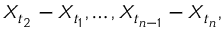
X _ { t _ { 2 } } - X _ { t _ { 1 } } , \dots , X _ { t _ { n - 1 } } - X _ { t _ { n } } ,